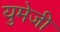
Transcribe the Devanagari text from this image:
युमेजी